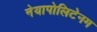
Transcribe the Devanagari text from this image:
नेयापोलिटेनम